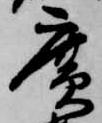
広